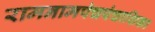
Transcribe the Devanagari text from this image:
रामनामपंचपंचाशिका